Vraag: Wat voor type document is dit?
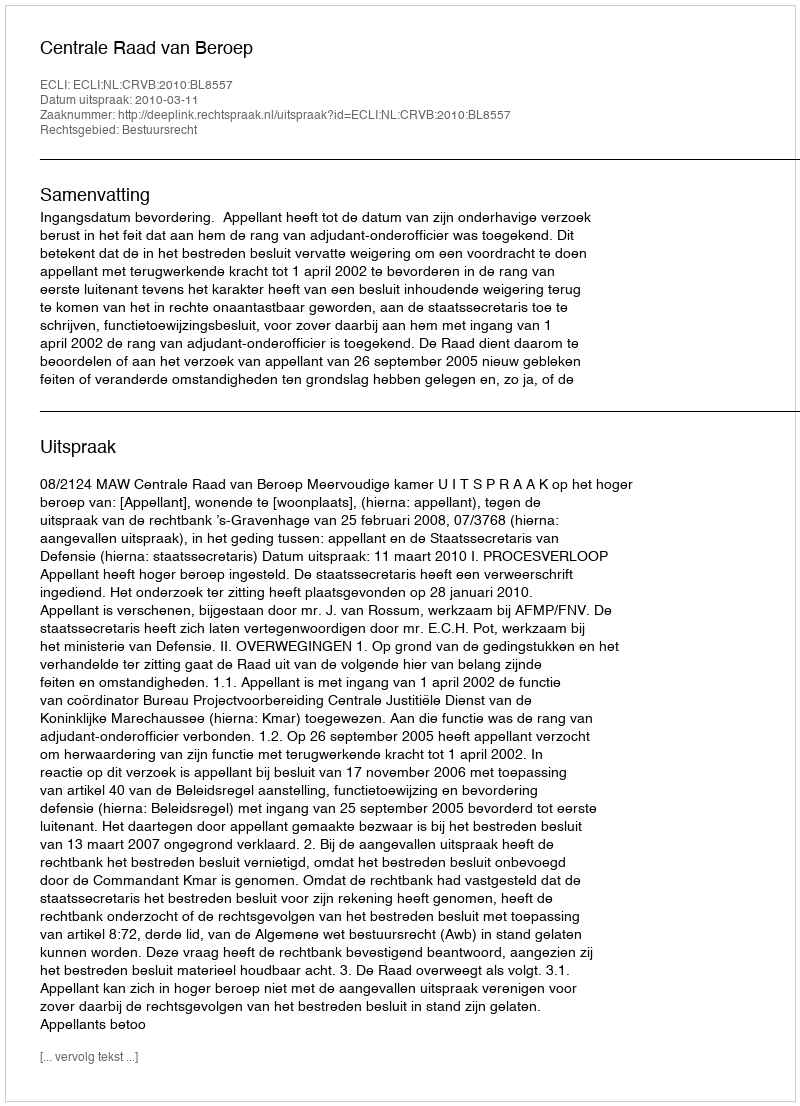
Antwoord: Uitspraak